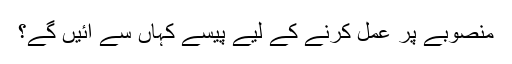
منصوبے پر عمل کرنے کے لیے پیسے کہاں سے آئیں گے؟